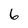
Character: 6